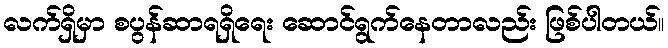
လက်ရှိမှာ စပွန်ဆာရရှိရေး ဆောင်ရွက်နေတာလည်း ဖြစ်ပါတယ်။